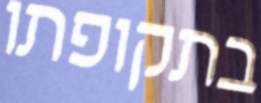
בתקופתו